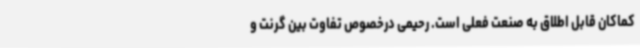
کماکان قابل اطلاق به صنعت فعلی است. رحیمی درخصوص تفاوت بین گرنت و